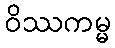
ဝိဿကမ္မ